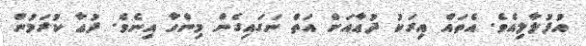
އުފުލާލިއެވެ. އެތައް އިރަކު ދުޢާއަށް އަތް ނަގައިގެން މިންހާ އިނެވެ. ދުޢާ ކުރަމުން